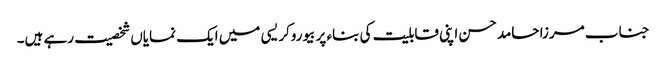
جناب مرزا حامد حسن اپنی قابلیت کی بناء پر بیوروکریسی میں ایک نمایاں شخصیت رہے ہیں۔